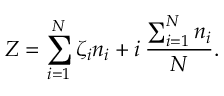
Z = \sum _ { i = 1 } ^ { N } \zeta _ { i } n _ { i } + i \: \frac { \sum _ { i = 1 } ^ { N } n _ { i } } { N } .